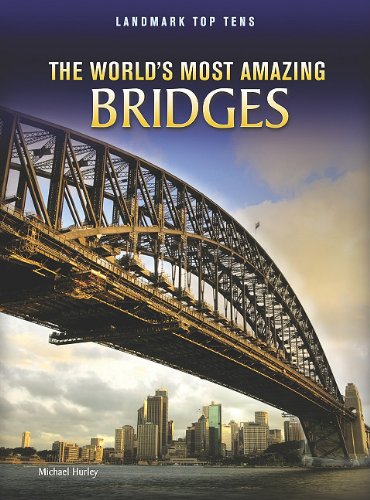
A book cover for The World's Most Amazing Bridges (Landmark Top Tens); Michael Hurley; Children's Books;